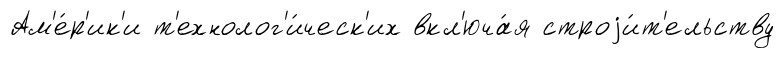
Ам'е́р'ик'и т'ехнолог'и́ческ'их вкл'юча́я строjи́т'ельству